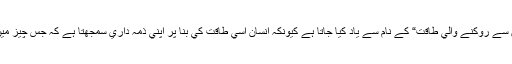
كبھي اس چيز كو ”منافع حاصل كرنے اور نقصان سے روكنے والي طاقت“ كے نام سے ياد كيا جاتا ہے كيونكہ انسان اسي طاقت كي بنا پر اپني ذمہ داري سمجھتا ہے كہ جس چيز ميں اس كا فائدہ يا نقصان ہو اس پر خاص توجہ دے۔